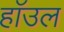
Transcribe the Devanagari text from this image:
हाॅउल